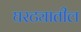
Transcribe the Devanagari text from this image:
घरट्यातील